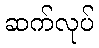
ဆက်လုပ်